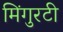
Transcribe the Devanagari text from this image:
मिंगुरटी